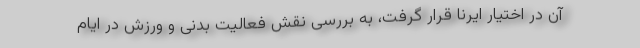
آن در اختیار ایرنا قرار گرفت، به بررسی نقش فعالیت بدنی و ورزش در ایام